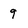
Character: 9